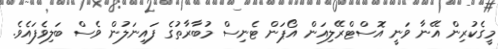
މީގެކުރިން އޭނާ ވަނީ އޮސްޓްރޭލިއަން އޯޕަން ޓެނިސް މުބާރާތުގެ ފައިނަލުން ވެސް ބަލިވެފައެވެ.